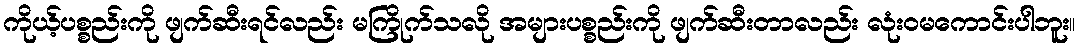
ကိုယ့်ပစ္စည်းကို ဖျက်ဆီးရင်လည်း မကြိုက်သလို အများပစ္စည်းကို ဖျက်ဆီးတာလည်း လုံးဝမကောင်းပါဘူး။